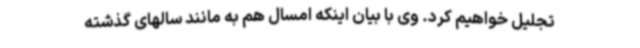
تجلیل خواهیم کرد. وی با بیان اینکه امسال هم به مانند سالهای گذشته